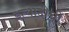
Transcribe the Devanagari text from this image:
इत्यादीची